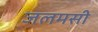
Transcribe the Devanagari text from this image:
जलमसी